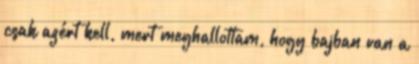
csak azért kell, mert meghallottam, hogy bajban van a